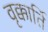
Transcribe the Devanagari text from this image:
वृक्कार्ति